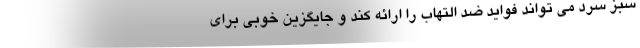
سبز سرد می تواند فواید ضد التهاب را ارائه کند و جایگزین خوبی برای